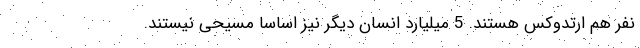
نفر هم ارتدوکس هستند. 5 میلیارد انسان دیگر نیز اساسا مسیحی نیستند.